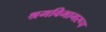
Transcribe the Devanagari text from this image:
श्रमविभागरूप